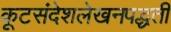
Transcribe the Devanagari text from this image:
कूटसंदेशलेखनपद्धती